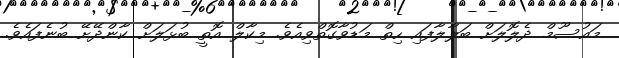
މައުސޫމް ދެލޮލަށް ބަލާލާފައި ހިތް މަޑުވާގޮތްވިއެވެ. މިކާލް އޮތީ ބުޅަލަށް ކާންދޭށޭ ބުނެފައެވެ.